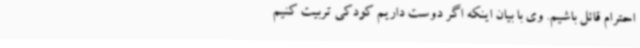
احترام قائل باشیم. وی با بیان اینکه اگر دوست داریم کودکی تربیت کنیم